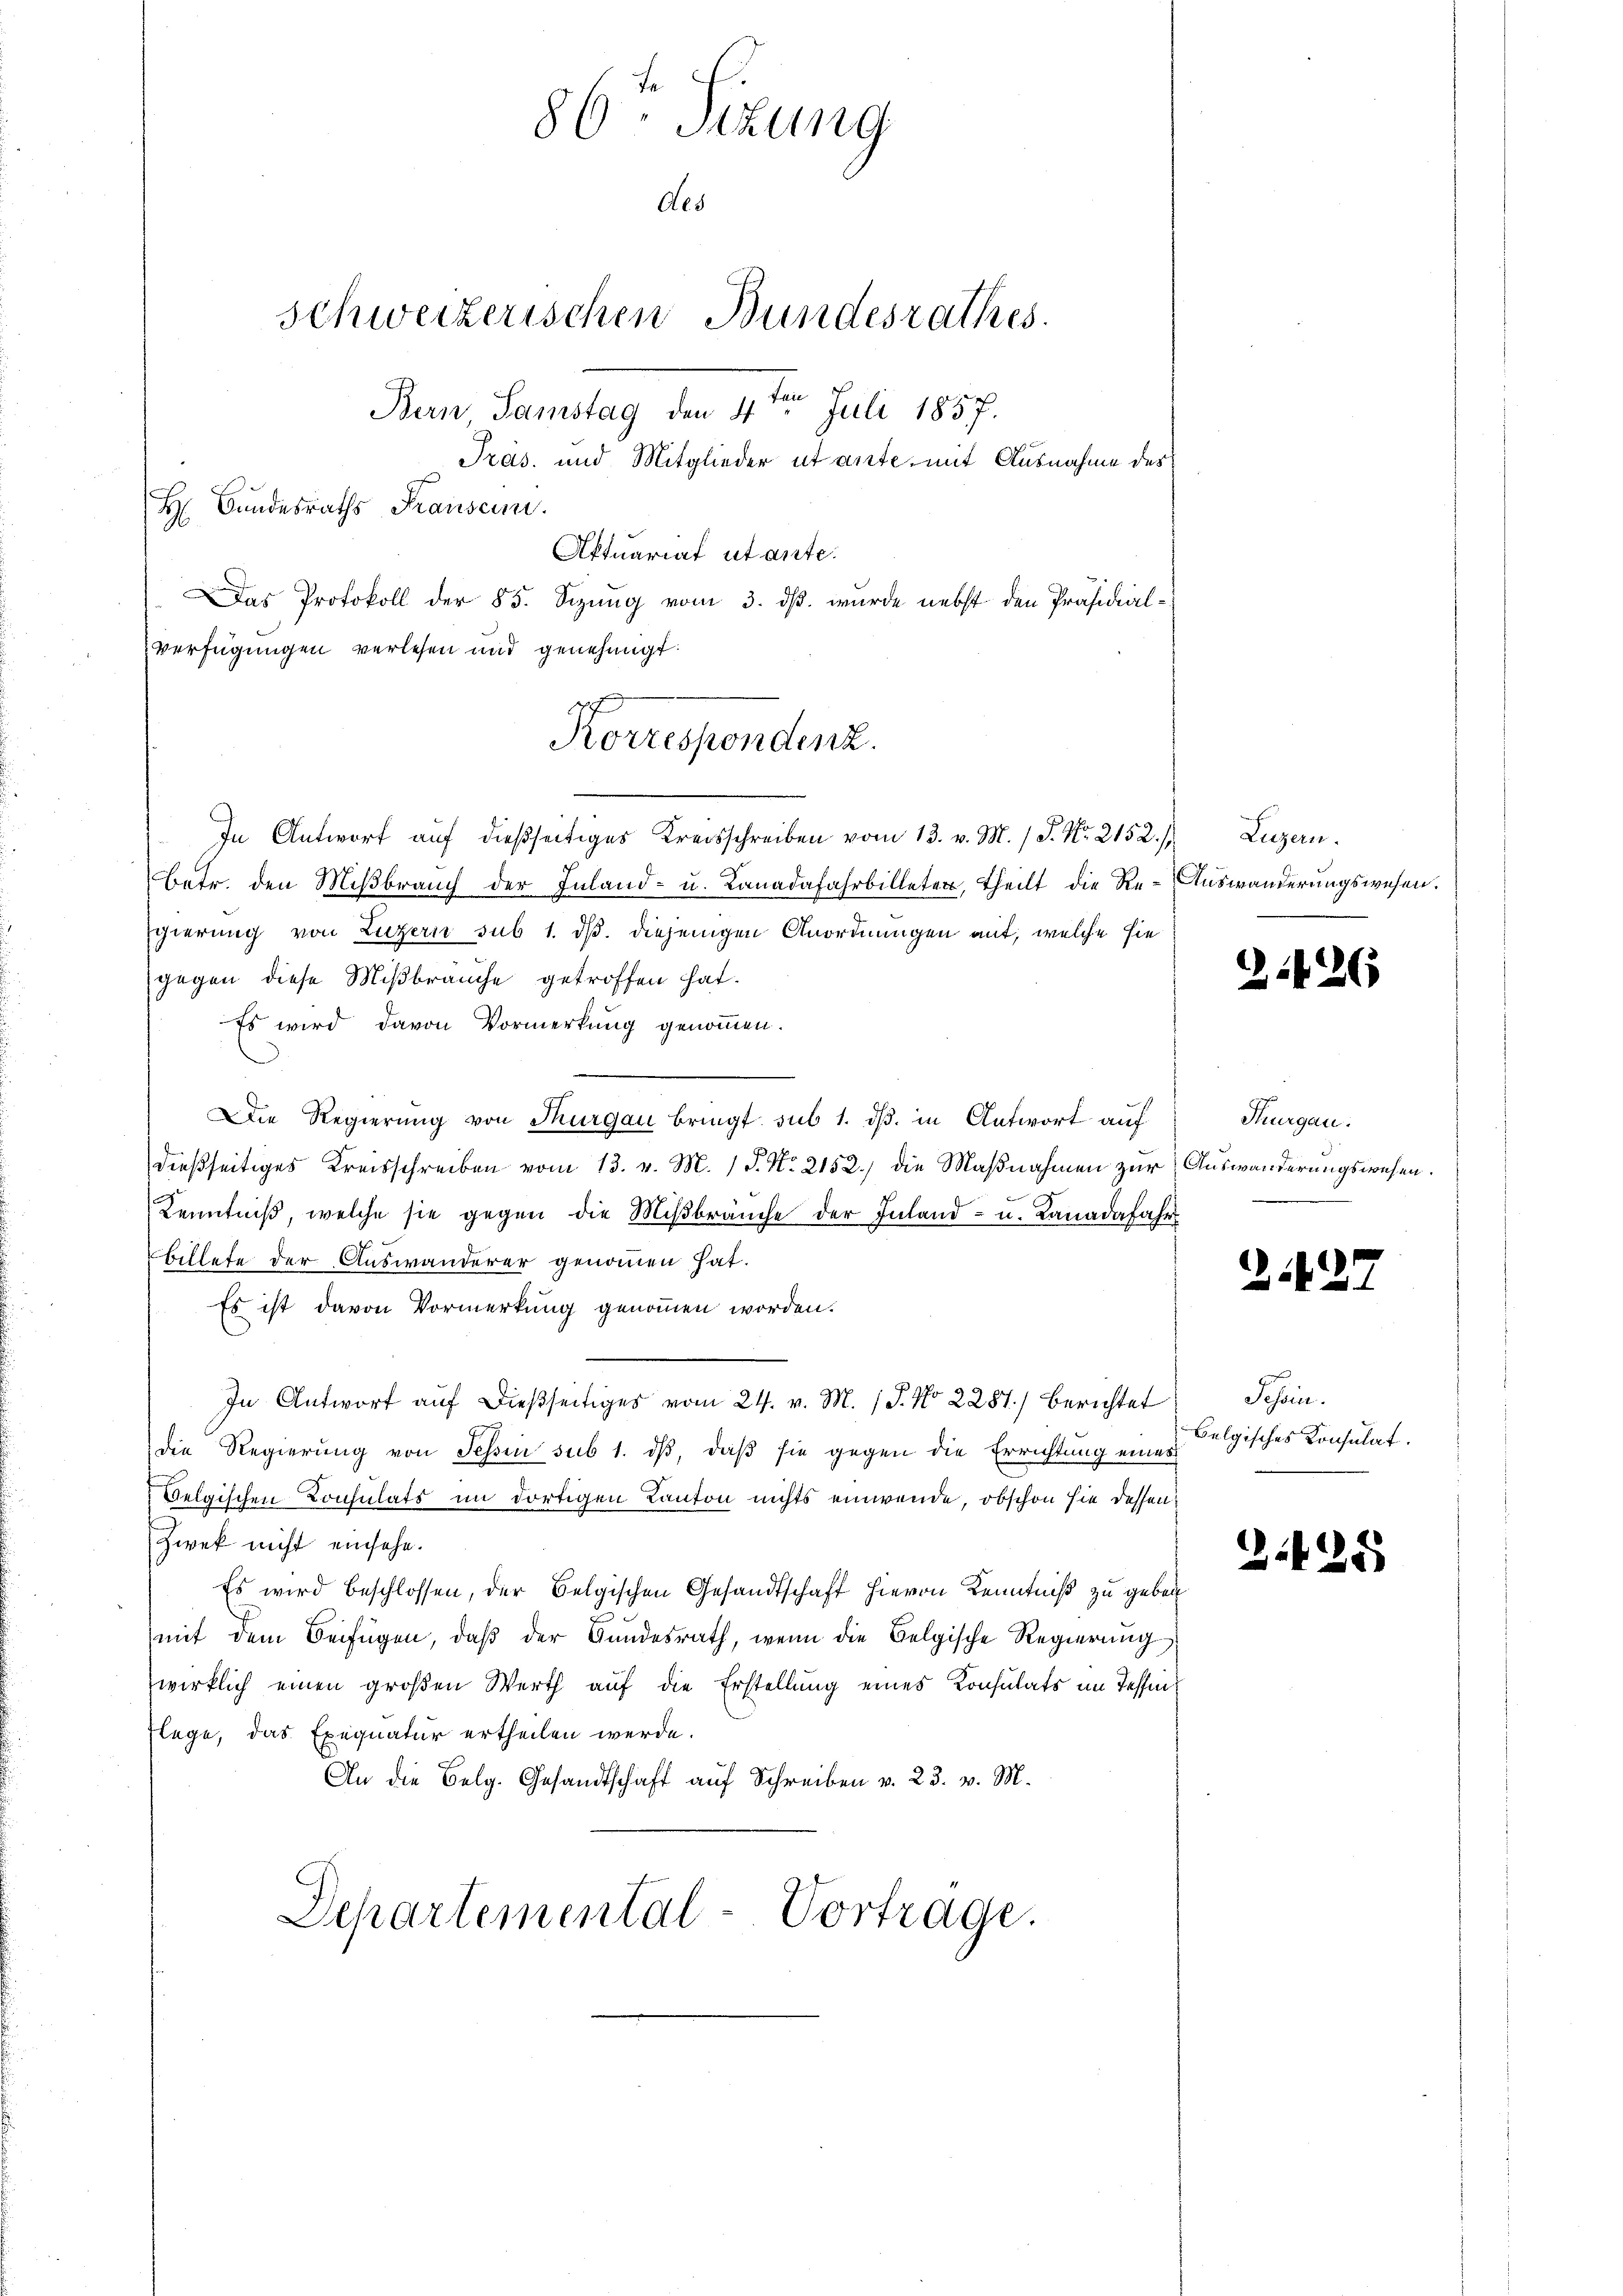
86. Sizung
Aes
schweizerischen Bundesrathes.
Bern Samstag den 4te͇n Juli 1857.
Präs. und Mitglieder ut ante, mit Ausnahme des
H Bŭndesraths Frausein.
Aktuariat utante.

Das Protokoll der 85. Sizung vom 3. ds. wurde nebst den Präsidial¬
Verfügungen verlesen und genehmigt.
Korrespondenz.

In Antwort auf dießseitiges Kreisschreiben vom 13. v. M. / S. Nr. 2152/
Betr. den Mißbrauch der Inland- u. Kanadafahrbilleter, theilt die Re-Auswanderungswesen.
Egierung von Luzern sub 1. ds. diejenigen Anordnungen mit, welche sie
gegen diese Mißbräuche getroffen hat.
Es wird davon Vormerkung genommen.
Die Regierung von Thurgau bringt, sub 1. ds. in Antwort auf
dießseitiges Kreisschreiben vom 13. v. M. 18. No. 2152) die Maßnahmen zur Auswanderungswesen.
Kenntniß, welche sie gegen die Miβbraŭche der Inland- u. Kanadafahr
Billete der Auswanderer genommen hat.
Es ist davon Vormerkung genommen worden.
In Antworf auf dießseitiges vom 24. v. M. 18. No 2287) berichtet
die Regierung von Schin sub 1. dβ, daß sie gegen die Errichtung eines
Belgischen Consulats im dortigen Kanton nichts einwende, obschon sie dessen
Zwek nicht einsehe.
Es wird beschlossen, der Belgischen Gesandtschaft hievon Kenntniß zu geben
mit dem Beifügen, daß der Bundesrath, wenn die Belgische Regierung
wirklich einen großen Werth auf die Erstellung eines Konsulats im Tessin
lege, das Exequatur ertheilen werde.
An die Belg. Gesandtschaft auf Schreiben v. 23. v. M.
Departemental-Vortrage.

Luzern.

3.126

Thurgau.

242

Schen.
belgisches Konsulat.

3.425